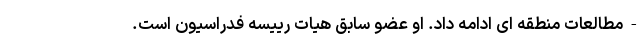
- مطالعات منطقه ای ادامه داد. او عضو سابق هیات رییسه فدراسیون است.